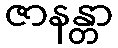
ဇာနန္တာ